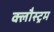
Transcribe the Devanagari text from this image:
क्लौस्ट्रम